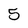
Character: 5